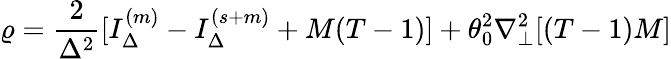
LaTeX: \varrho=\frac{2}{\Delta^{2}}[I_{\Delta}^{(m)}-I_{\Delta}^{(s+m)}+M(T-1)]+\theta_{0}^{2}\nabla_{\perp}^{2}[(T-1)M]